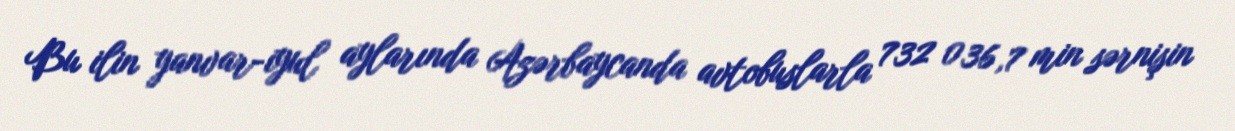
Bu ilin yanvar-iyul aylarında Azərbaycanda avtobuslarla 732 036,7 min sərnişin